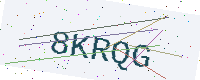
Text: 8KRQG